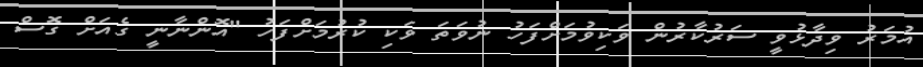
އުމަރު ވިދާޅުވީ ސަރުކާރުން ވަކިވުމަށްފަހު ނުވަތަ ވަކި ކުރުމަށްފަހު "އޮންނާނީ ގެއަށް ގޮސް